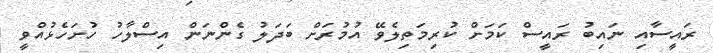
ރައީސާއި ނައިބު ރައީސް ކަމަށް ކުރިމަތިލެވޭ އުމުރަށް ބަދަލު ގެންނަން އިސްލާހު ހުށަހެޅުއްވީ